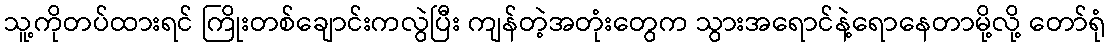
သူ့ကိုတပ်ထားရင် ကြိုးတစ်ချောင်းကလွဲပြီး ကျန်တဲ့အတုံးတွေက သွားအရောင်နဲ့ရောနေတာမို့လို့ တော်ရုံ